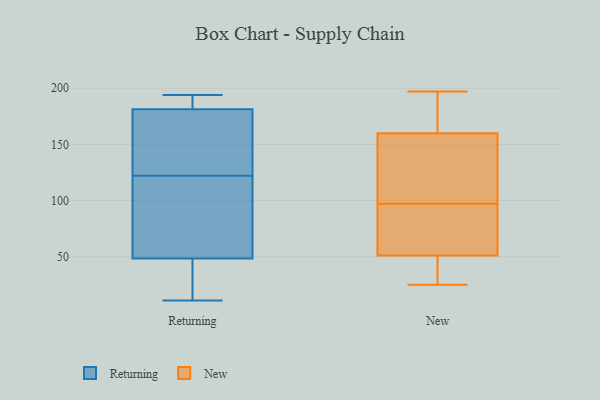
{"axis": {"x": "Tickets Resolved", "y": "Value"}, "legend": ["New", "Returning"], "data": [{"x": "", "y": 48, "type": "Returning"}, {"x": "", "y": 167, "type": "Returning"}, {"x": "", "y": 27, "type": "Returning"}, {"x": "", "y": 122, "type": "Returning"}, {"x": "", "y": 194, "type": "Returning"}, {"x": "", "y": 161, "type": "Returning"}, {"x": "", "y": 98, "type": "Returning"}, {"x": "", "y": 45, "type": "Returning"}, {"x": "", "y": 31, "type": "Returning"}, {"x": "", "y": 192, "type": "Returning"}, {"x": "", "y": 190, "type": "Returning"}, {"x": "", "y": 182, "type": "Returning"}, {"x": "", "y": 79, "type": "Returning"}, {"x": "", "y": 11, "type": "Returning"}, {"x": "", "y": 179, "type": "Returning"}, {"x": "", "y": 117, "type": "Returning"}, {"x": "", "y": 140, "type": "Returning"}, {"x": "", "y": 186, "type": "Returning"}, {"x": "", "y": 49, "type": "Returning"}, {"x": "", "y": 137, "type": "New"}, {"x": "", "y": 184, "type": "New"}, {"x": "", "y": 122, "type": "New"}, {"x": "", "y": 156, "type": "New"}, {"x": "", "y": 186, "type": "New"}, {"x": "", "y": 164, "type": "New"}, {"x": "", "y": 73, "type": "New"}, {"x": "", "y": 29, "type": "New"}, {"x": "", "y": 31, "type": "New"}, {"x": "", "y": 52, "type": "New"}, {"x": "", "y": 90, "type": "New"}, {"x": "", "y": 120, "type": "New"}, {"x": "", "y": 197, "type": "New"}, {"x": "", "y": 50, "type": "New"}, {"x": "", "y": 104, "type": "New"}, {"x": "", "y": 85, "type": "New"}, {"x": "", "y": 25, "type": "New"}, {"x": "", "y": 39, "type": "New"}, {"x": "", "y": 57, "type": "New"}, {"x": "", "y": 194, "type": "New"}]}